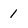
Character: 1